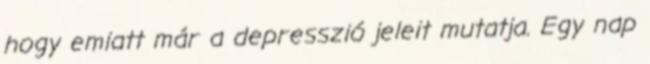
hogy emiatt már a depresszió jeleit mutatja. Egy nap